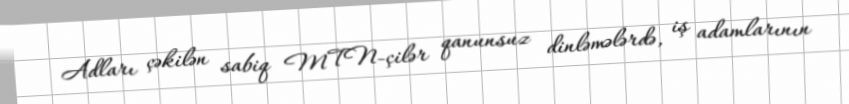
Adları çəkilən sabiq MTN-çilər qanunsuz dinləmələrdə, iş adamlarının